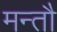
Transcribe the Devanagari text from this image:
मन्तौ